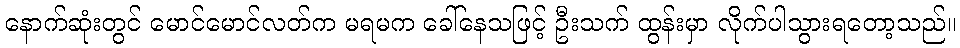
နောက်ဆုံးတွင် မောင်မောင်လတ်က မရမက ခေါ်နေသဖြင့် ဦးသက် ထွန်းမှာ လိုက်ပါသွားရတော့သည်။